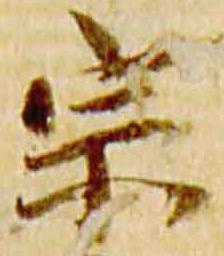
宗